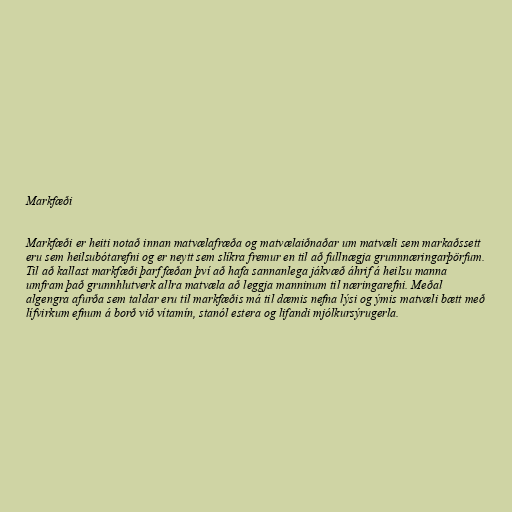
Markfæði

Markfæði er heiti notað innan matvælafræða og matvælaiðnaðar um matvæli sem markaðssett
eru sem heilsubótarefni og er neytt sem slíkra fremur en til að fullnægja grunnnæringarþörfum.
Til að kallast markfæði þarf fæðan því að hafa sannanlega jákvæð áhrif á heilsu manna
umfram það grunnhlutverk allra matvæla að leggja manninum til næringarefni. Meðal
algengra afurða sem taldar eru til markfæðis má til dæmis nefna lýsi og ýmis matvæli bætt með
lífvirkum efnum á borð við vítamín, stanól estera og lifandi mjólkursýrugerla.